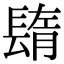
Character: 𨲕